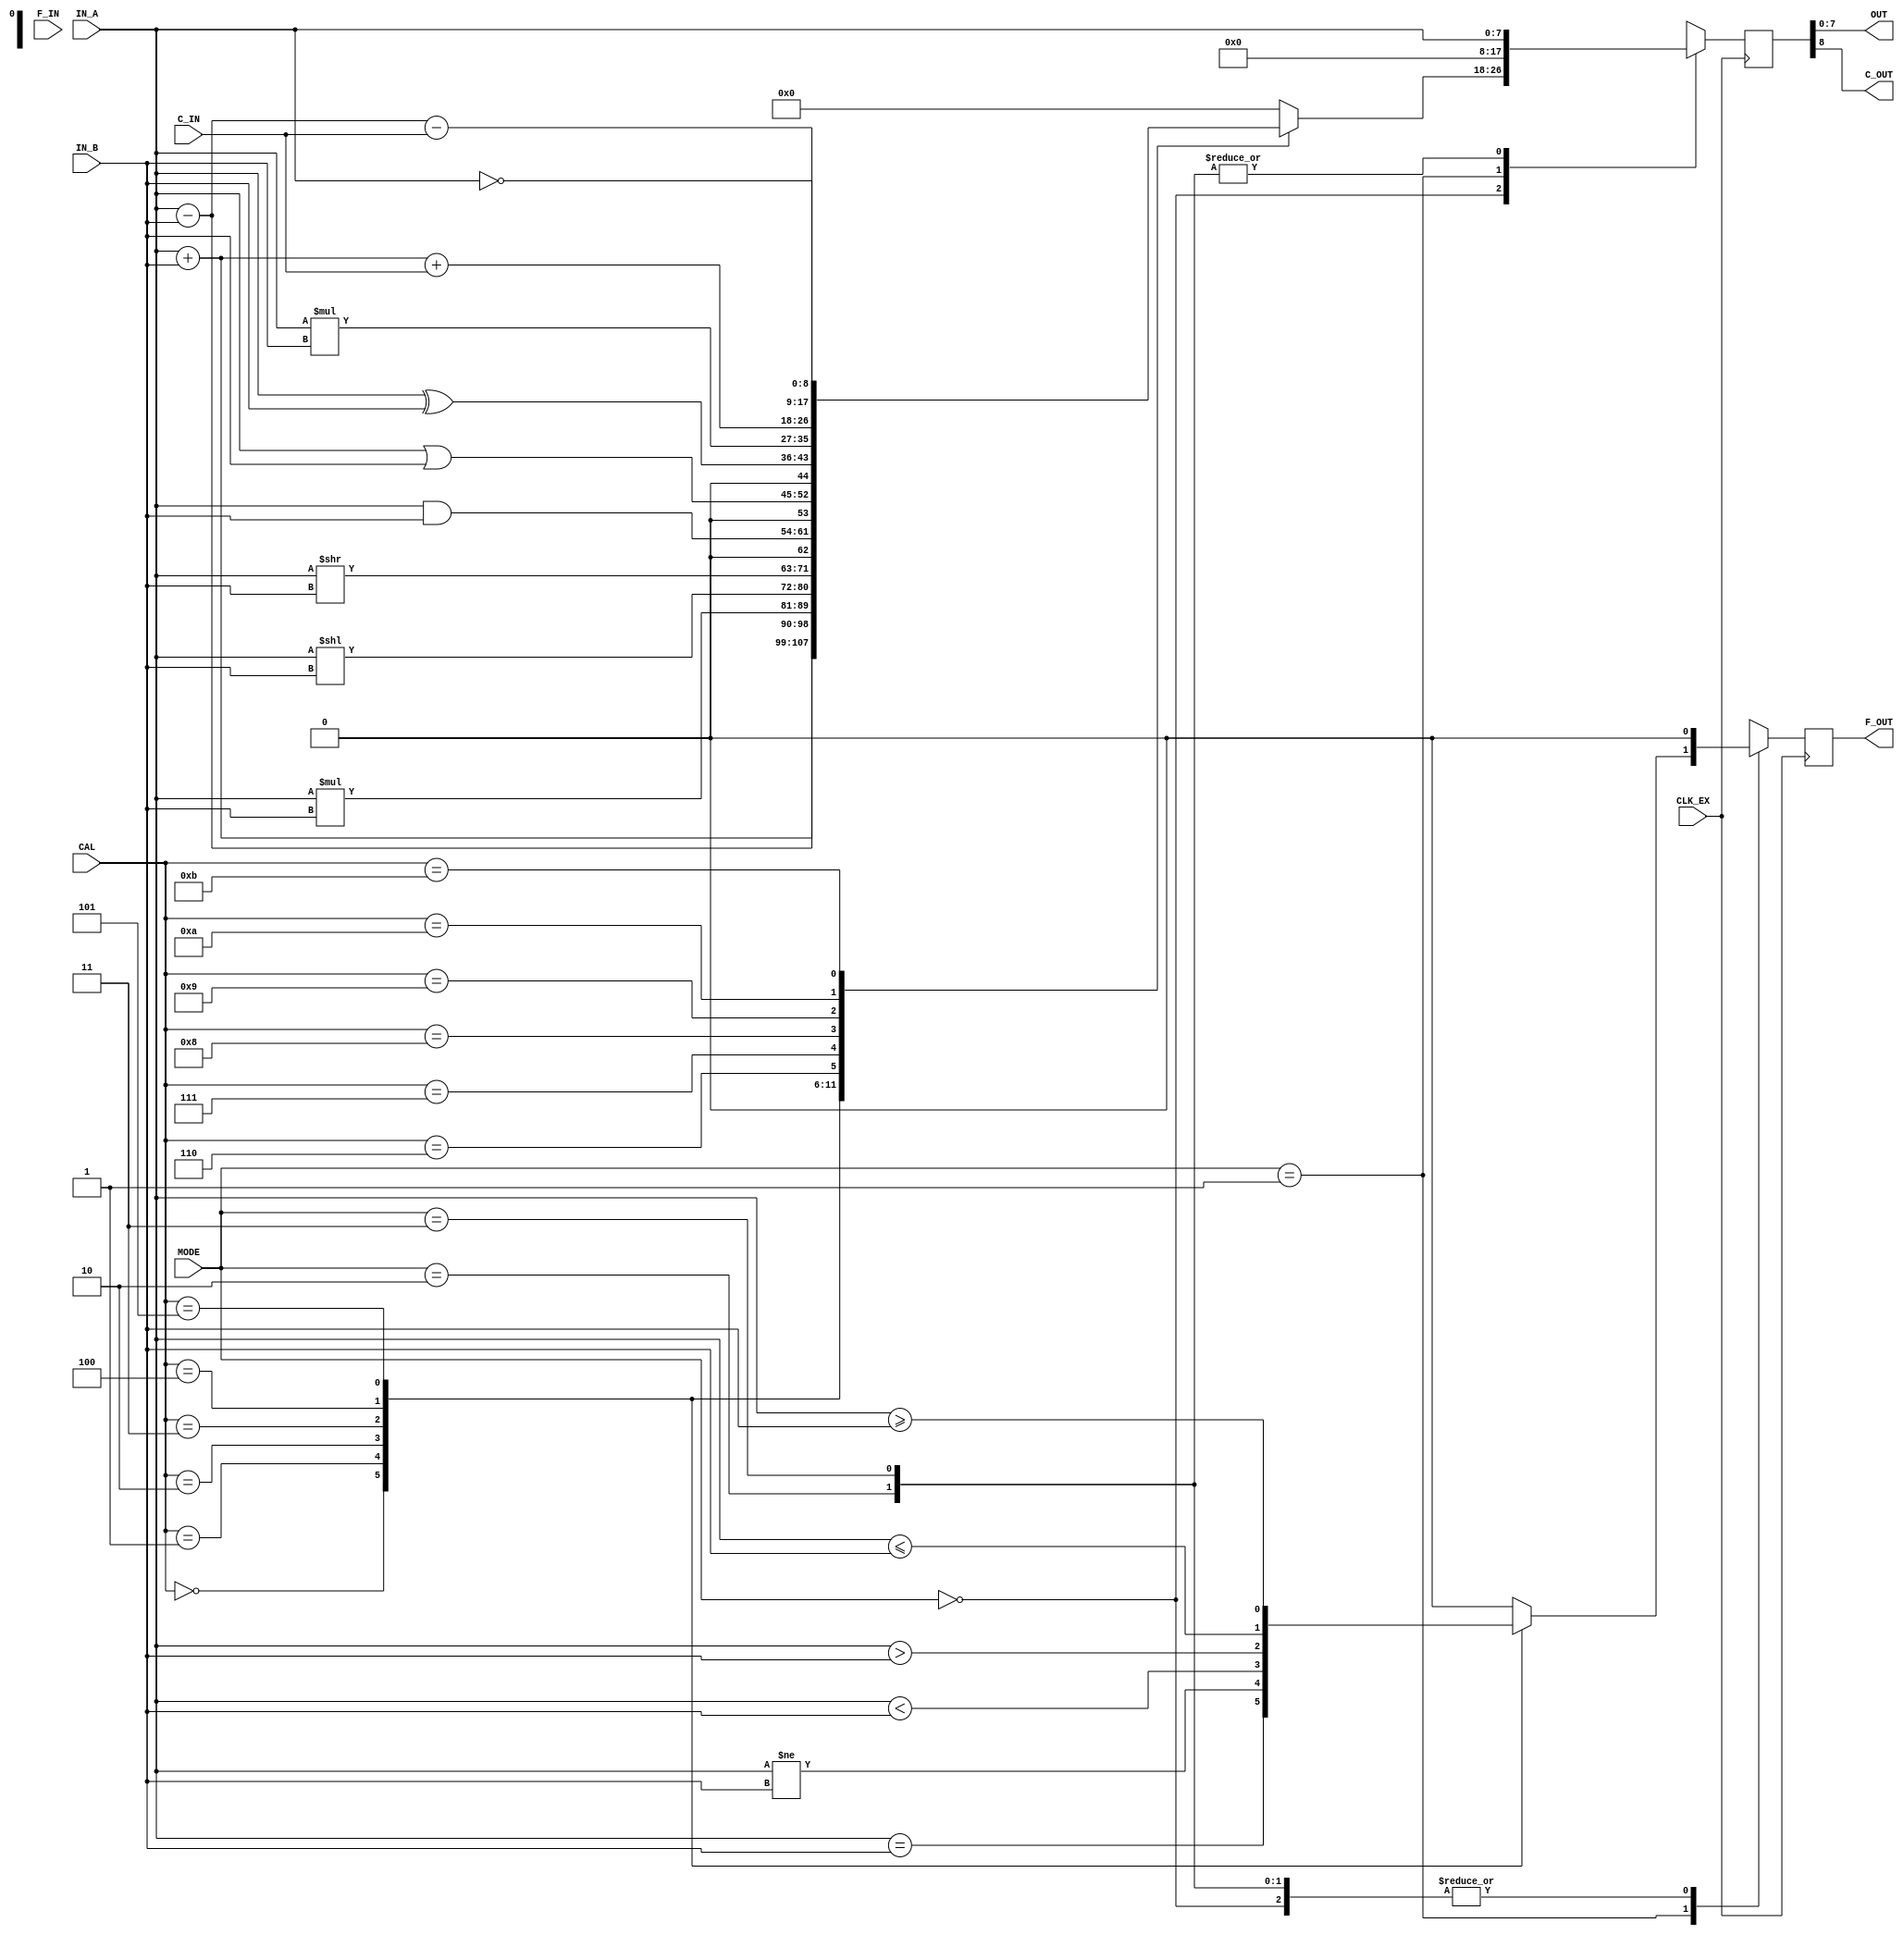
module ALU(
	input CLK_EX,
	input [7:0] IN_A,
	input [7:0] IN_B,
	input [3:0] CAL,
	input [1:0] MODE,
	input C_IN,
	input F_IN,
	output [7:0] OUT,
	output C_OUT,
	output reg F_OUT
);

reg [8:0] RESULT;

assign C_OUT = RESULT[8];
assign OUT = RESULT[7:0];

always @(posedge CLK_EX) begin
	case (MODE) 
		2'b00: begin
			case (CAL)
				4'b0000: RESULT <= IN_A + IN_B; 
				4'b0001: RESULT <= IN_A - IN_B; 
				4'b0010: RESULT <= $signed(IN_A) * $signed(IN_B);
				4'b0011: RESULT <= IN_A << IN_B; 
				4'b0100: RESULT <= IN_A >> IN_B;
				4'b0101: RESULT <= IN_A & IN_B;
				4'b0110: RESULT <= IN_A | IN_B;
				4'b0111: RESULT <= IN_A ^ IN_B;
				4'b1000: RESULT <= $unsigned(IN_A) * $unsigned(IN_B);
				4'b1001: RESULT <= IN_A + IN_B + C_IN;
				4'b1010: RESULT <= IN_A - IN_B - C_IN;
				4'b1011: RESULT <= ~IN_A;
				default: RESULT <=  9'b000000000;
			endcase
			F_OUT <= 0;
		end
		2'b01: begin
			case (CAL)
				4'b0000: F_OUT <= IN_A == IN_B;
				4'b0001: F_OUT <= IN_A != IN_B;
				4'b0010: F_OUT <= IN_A < IN_B;
				4'b0011: F_OUT <= IN_A > IN_B;
				4'b0100: F_OUT <= IN_A <= IN_B;
				4'b0101: F_OUT <= IN_A >= IN_B;
				default: F_OUT <= 0;
			endcase
			RESULT <= 9'b000000000;
		end
		2'b10: begin
			F_OUT <= 0;
			RESULT <= IN_A;
		end
		2'b11: begin
			F_OUT <= 0;
			RESULT <= IN_A;
		end
	endcase
end

endmodule